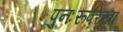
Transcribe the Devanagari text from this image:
पुनःरूपरेखा